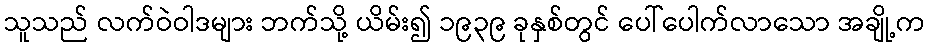
သူသည် လက်ဝဲဝါဒများ ဘက်သို့ ယိမ်း၍ ၁၉၃၉ ခုနှစ်တွင် ပေါ်ပေါက်လာသော အချို့က